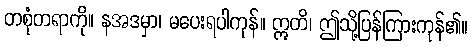
တစုံတရာကို။ နအဒမှာ၊ မပေးရပါကုန်။ ဣတိ၊ ဤသို့ပြန်ကြားကုန်၏။